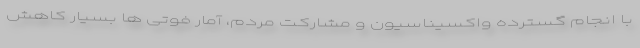
با انجام گسترده واکسیناسیون و مشارکت مردم، آمار فوتی ها بسیار کاهش